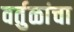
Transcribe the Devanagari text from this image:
वर्तुळांचा